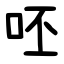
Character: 呸